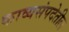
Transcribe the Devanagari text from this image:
काव्यसंपदेतील